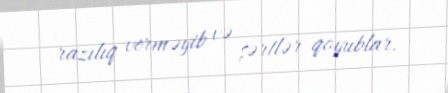
razılıq verməyib və şərtlər qoyublar.